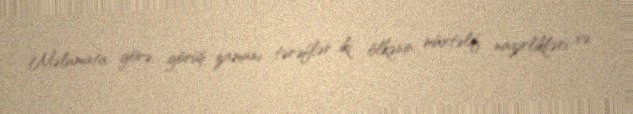
Məlumata görə, görüş zamanı tərəflər iki ölkənin müxtəlif nazirlikləri və